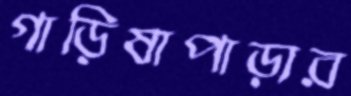
গাড়িষাপাড়ার